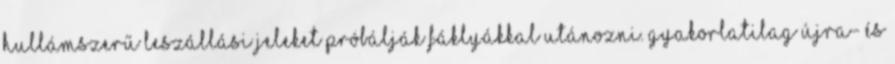
hullámszerű leszállási jeleket próbálják fáklyákkal utánozni. Gyakorlatilag újra- és